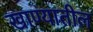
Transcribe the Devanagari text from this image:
खाण्यातील